Report of an investigation into the causes of malaria in Bombay and the measures necessary for its control
Disease focus: Malaria
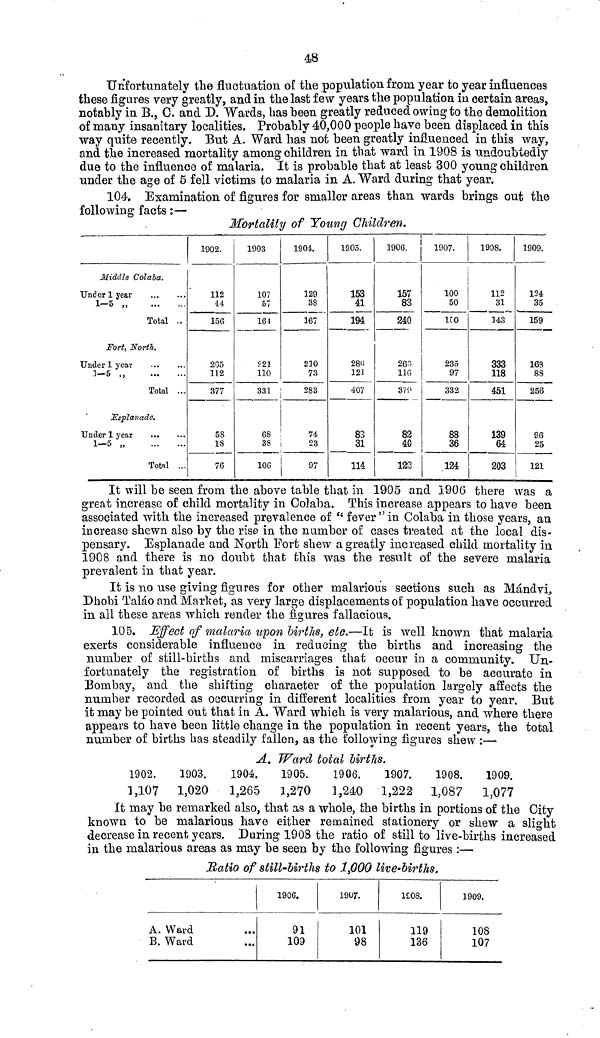
48
Unfortunately the fluctuation of the population from year to year influences
these figures very greatly, and in the last few years the population in certain areas,
notably in B., C. and D. Wards, has been greatly reduced owing to the demolition
of many insanitary localities. Probably 40,000 people have been displaced in this
way quite recently. But A. Ward has not been greatly influenced in this way,
and the increased mortality among children in that ward in 1908 is undoubtedly
due to the influence of malaria. It is probable that at least 300 young children
under the age of 5 fell victims to malaria in A. Ward during that year.
104. Examination of figures for smaller areas than wards brings out the
following facts :—
Mortality of Young Children.
Middle Colaba.
Under 1 year
1-5 „
Total
Fort, North.
Under 1 year
1-5 „
Total ...
Esplanade.
Under 1 year
1-5 „
Total ...
1902.
112
44
156
2G5
112
377
5S
18
76
1903
107
57
164
?21
110
331
68
38
106
1901.
129
38
167
210
73
283
74
23
1905.
153
41
194
28(5
12J
407
83
31
114
1906.
157
83
240
263
116
379
82
40
123
1907.
100
50
150
235
97
332
88
36
124
1908.
112
31
143
333
118
451
139
64
203
1909.
124
35
159
168
88
256
96
25
121
It will be seen from the above table that in 1905 and 1906 there was a
great increase of child mortality in Colaba. This increase appears to have been
associated with the increased prevalence of "fever" in Colaba in those years, an
increase shewn also by the rise in the number of cases treated at the local dis-
pensary. Esplanade and North Fort shew a greatly increased child mortality in
1908 and there is no doubt that this was the result of the severe malaria
prevalent in that year.
It is no use giving figures for other malarious sections such as Mándvi.,
Dhobi Taláo and Market, as very large displacements of population have occurred
in all these areas which render the figures fallacious.
105. Effect of malaria upon births, etc.—It is well known that malaria
exerts considerable influence in reducing the births and increasing the
number of still-births and miscarriages that occur in a community. Un-
fortunately the registration of births is not supposed to be accurate in
Bombay, and the shifting character of the population largely affects the
number recorded as occurring in different localities from year to year. But
it may be pointed out that in A. Ward which is very malarious, and where there
appears to have been little change in the population in recent years, the total
number of births has steadily fallen, as the following figures shew :—
A. Ward total births.
1902.
1,107
1903.
1,020
1904.
1,265
1905.
1,270
1906.
1,240
1907.
1,222
1908.
1,087
1909.
1,077
It may be remarked also, that as a whole, the births m portions of the City
known to be malarious have either remained stationery or shew a slight
decrease in recent years. During 1908 the ratio of still to live-births increased
in the malarious areas as may be seen by the following figures :—
Ratio of still-births to 1,000 live-births,
A. Ward
B. Ward
1906.
91
109
1907.
101
98
1908.
119
136
1909.
108
107